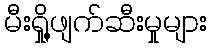
မီးရှို့ဖျက်ဆီးမှုများ